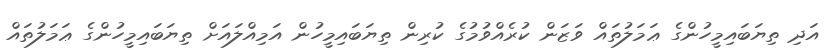
އަދި ތިޔަބައިމީހުންގެ ޢަމަލުތައް ވަޒަން ކުރެއްވުމުގެ ކުރިން ތިޔަބައިމީހުން އަމިއްލައަށް ތިޔަބައިމީހުންގެ ޢަމަލުތައް